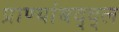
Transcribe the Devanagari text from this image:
प्राण्यांबद्द्ल